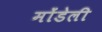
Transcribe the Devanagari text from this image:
मोंडेली